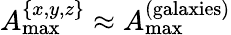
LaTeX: A_{\mathrm{max}}^{\{ x,y,z\} }\approx A_{\mathrm{max}}^{\mathrm{(galaxies)}}